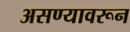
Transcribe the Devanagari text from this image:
असण्यावरून